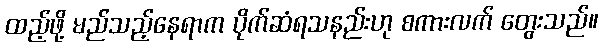
ထည့်ဖို့ မည်သည့်နေရာက ပိုက်ဆံရသနည်းဟု စကားလက် တွေးသည်။